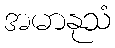
အမာနုသံ